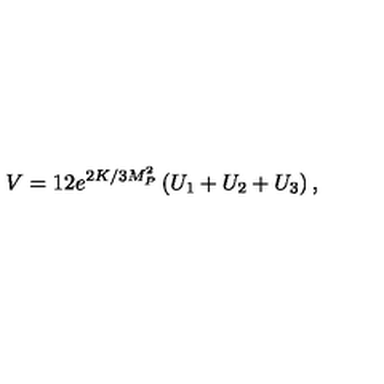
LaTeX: V = 1 2 e ^ { 2 K / 3 M _ { P } ^ { 2 } } \left( U _ { 1 } + U _ { 2 } + U _ { 3 } \right) ,